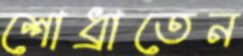
শোধ্‌রাতেন